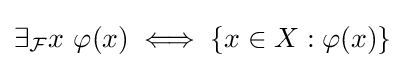
\exists _{\mathcal {F}}x\ \varphi (x)\iff \{x\in X:\varphi (x)\}